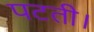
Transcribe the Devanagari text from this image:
पटती।